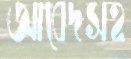
আবেদসহ